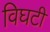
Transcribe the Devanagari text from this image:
विघटी